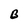
Character: B